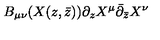
B _ { \mu \nu } ( X ( z , \bar { z } ) ) \partial _ { z } X ^ { \mu } \bar { \partial } _ { \bar { z } } X ^ { \nu }